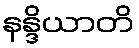
နန္ဒိယာတိ